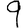
Digit: 9